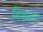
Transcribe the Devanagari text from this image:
विकला।